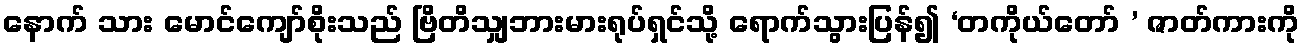
နောက် သား မောင်ကျော်စိုးသည် ဗြိတိသျှဘားမားရုပ်ရှင်သို့ ရောက်သွားပြန်၍ ‘တကိုယ်တော် ’ ဇာတ်ကားကို